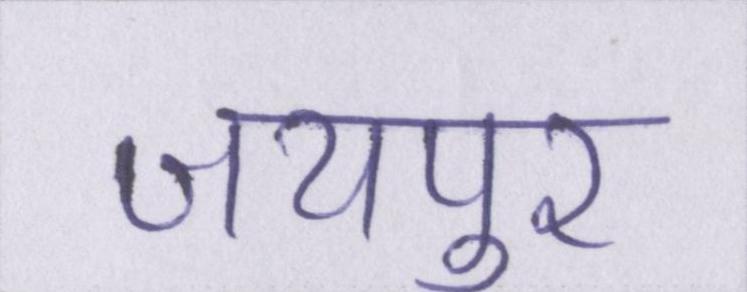
जयपुर